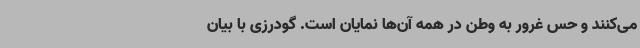
می‌کنند و حس غرور به وطن در همه‌ آن‌ها نمایان است. گودرزی با بیان